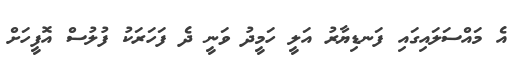
އެ މައްސަލައިގައި ފަނޑިޔާރު އަލީ ހަމީދު ވަނީ ދެ ފަހަރަކު ފުލުސް އޮފީހަށް